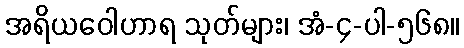
အရိယဝေါဟာရ သုတ်များ၊ အံ-၄-ပါ-၅၆၈။